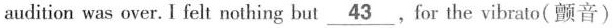
audition was over. I felt nothing but \underline{43},for the vibrato(颤音)